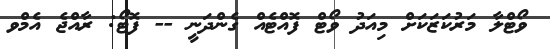
ވޯޓްލާ މަރުކަޒަކަށް މިއަދު ވޯޓް ފޮއްޓެއް ގެންދަނީ -- ފޮޓޯ: ރާއްޖެ އެމްވ